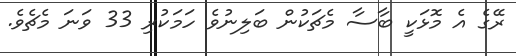
ރޭގެ އެ މޮޅަކީ ބާސާ މެޗަކުން ބަލިނުވެ ހަމަކުރި 33 ވަނަ މެޗެވެ.